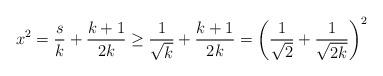
LaTeX: \begin{align*}x^2= \frac{s}{k}+\frac{k+1}{2k}\geq\frac{1}{\sqrt{k}}+\frac{k+1}{2k}=\left(\frac{1}{\sqrt{2}}+\frac{1}{\sqrt{2k}}\right)^2\end{align*}